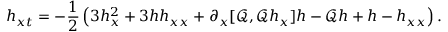
h _ { x t } = - \frac { 1 } { 2 } \left( 3 h _ { x } ^ { 2 } + 3 h h _ { x x } + \partial _ { x } [ \mathscr { Q } , \mathscr { Q } h _ { x } ] h - \mathscr { Q } h + h - h _ { x x } \right) .